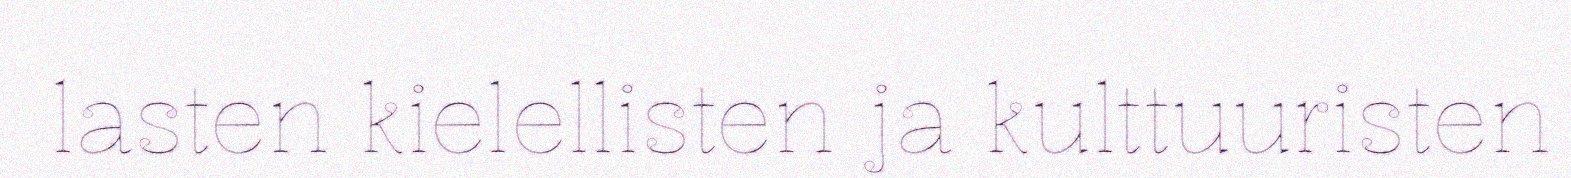
lasten kielellisten ja kulttuuristen